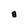
Character: a